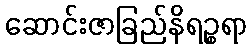
ဆောင်းဇာခြည်နိရဉ္စရာ